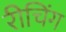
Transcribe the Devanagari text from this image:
रीचिंग